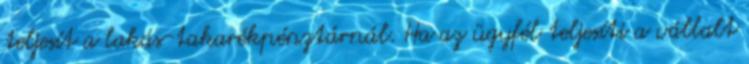
teljesít a lakás-takarékpénztárnál. Ha az ügyfél teljesíti a vállalt